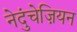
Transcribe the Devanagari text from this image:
नेदुंचेज़ियन